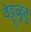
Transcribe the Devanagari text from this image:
वेट्टुळुतु